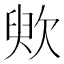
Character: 䶾